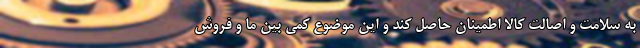
به سلامت و اصالت کالا اطمینان حاصل کند و این موضوع کمی بین ما و فروش